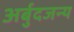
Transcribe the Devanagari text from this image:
अर्बुदजन्य